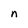
Character: n